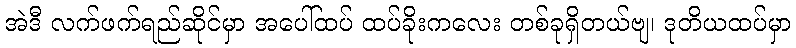
အဲဒီ လက်ဖက်ရည်ဆိုင်မှာ အပေါ်ထပ် ထပ်ခိုးကလေး တစ်ခုရှိတယ်ဗျ၊ ဒုတိယထပ်မှာ